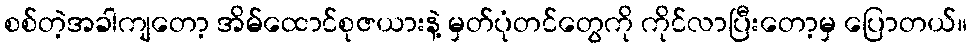
စစ်တဲ့အခါကျတော့ အိမ်ထောင်စုဇယားနဲ့ မှတ်ပုံတင်တွေကို ကိုင်လာပြီးတော့မှ ပြောတယ်။